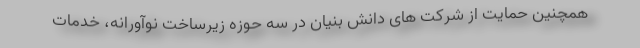
همچنین حمایت از شرکت های دانش بنیان در سه حوزه زیرساخت نوآورانه، خدمات